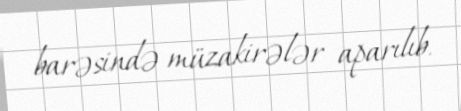
barəsində müzakirələr aparılıb.